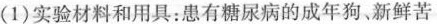
(1)实验材料和用具：患有糖尿病的成年狗、新鲜苦